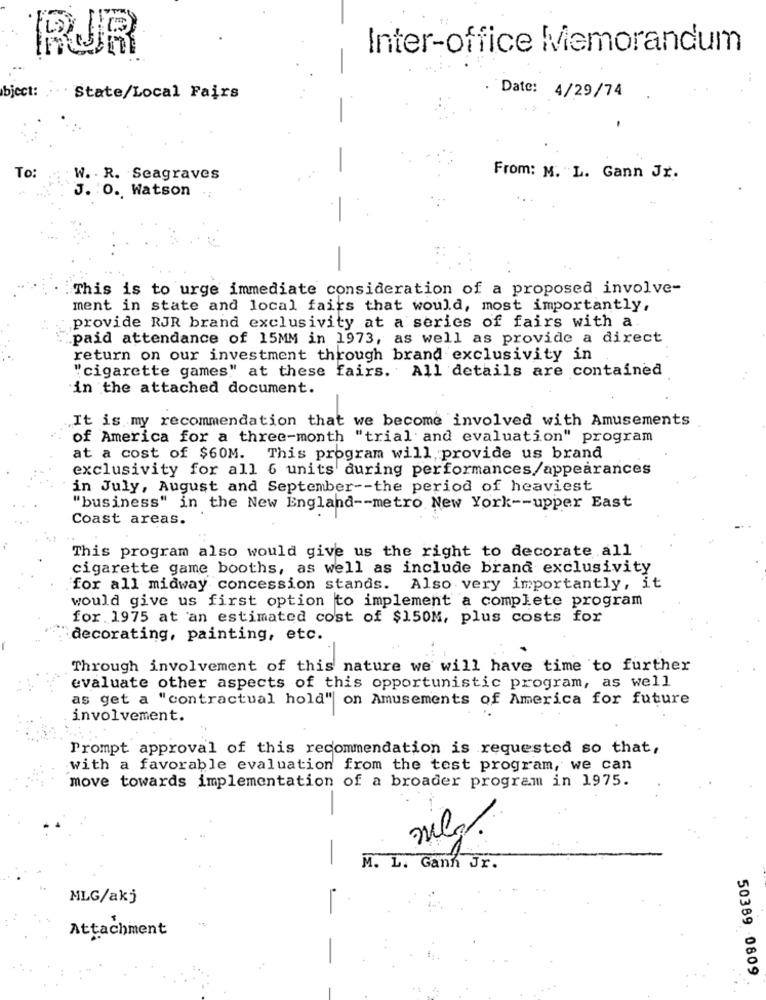
RJR
Inter-office Memorandum
-
bject:
State/Local Fairs
Date: 4/29/74
-
-
To:
W. . R. Seagraves
From: M. L. Gann Jr.
J. O. Watson
-
-
This is to urge immediate consideration of a proposed involve-
ment in state and local fairs that would, most importantly,
provide RJR brand exclusivity at a series of fairs with a.
"paid attendance of 15MM in 1973, as well as provide a direct
return on our investment through brand exclusivity in
"cigarette games" at these fairs. All details are contained
in the attached document.
It is my recommendation that we become involved with Amusements
of America for a three-month "trial and evaluation" program
at a cost of $60M. This program will provide us brand
exclusivity for all 6 units during performances/appearances
in July, August and September -- the period of heaviest
"business" in the New England -- metro New York -- upper East
Coast areas.
This program also would give us the right to decorate all
cigarette game booths, as well as include brand exclusivity
for all midway concession stands. Also very importantly, it
would give us first option to implement a complete program
for 1975 at an estimated cost of $150M, plus costs for
decorating, painting, etc.
Through involvement of this nature we will have time to further
evaluate other aspects of this opportunistic program, as well
as get a "contractual hold" on Amusements of America for future
..
involvement.
Prompt approval of this recommendation is requested so that,
with a favorable evaluation from the test program, we can
move towards implementation of a broader program in 1975.
meg.
-
M. L. Ganh Jr.
MLG/akj
Attachment
50389 -0809